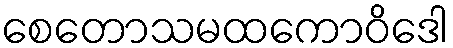
စေတောသမထကောဝိဒေါ